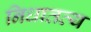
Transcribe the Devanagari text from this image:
निधातव्य